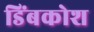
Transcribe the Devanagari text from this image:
डिंबकोश